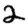
Digit: 2